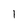
Character: 1